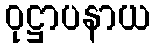
ဝုဋ္ဌာပနာယ